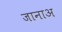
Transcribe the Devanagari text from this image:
जानाअ